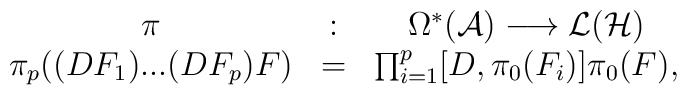
\begin{array}{ccc}  \pi &:& \Omega^*({\cal A}) \longrightarrow {\cal L}({\cal  H}) \\   \pi_p((DF_1)...(DF_p)F) &=& \prod_{i=1}^p [D, \pi_0(F_i)]   \pi_0(F),\end{array}